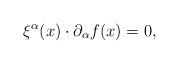
LaTeX: \begin{align*}\xi^{\alpha}(x)\cdot\partial_{\alpha} f(x)=0,\end{align*}